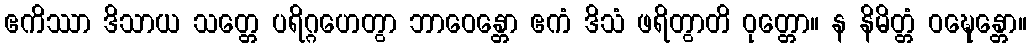
ဧကိဿာ ဒိသာယ သတ္တေ ပရိဂ္ဂဟေတွာ ဘာဝေန္တော ဧကံ ဒိသံ ဖရိတွာတိ ဝုတ္တော။ န နိမိတ္တံ ဝဍ္ဎေန္တော။